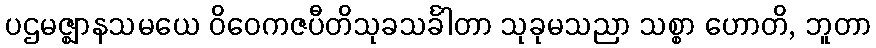
ပဌမဇ္ဈာနသမယေ ဝိဝေကဇပီတိသုခသင်္ခါတာ သုခုမသညာ သစ္စာ ဟောတိ, ဘူတာ